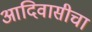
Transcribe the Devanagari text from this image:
आदिवासीचा